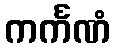
ကင်္ကဏံ